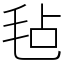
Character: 毡